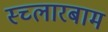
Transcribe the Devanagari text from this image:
स्च्लारबाम